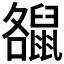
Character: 𪕘